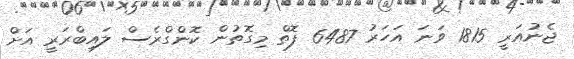
ޖެނުއަރީ 1815 ވަނަ އަހަރު 6487 ފޮތް މިގޮތުން ކޮންގްރެސް ލައިބްރަރީ އަށް